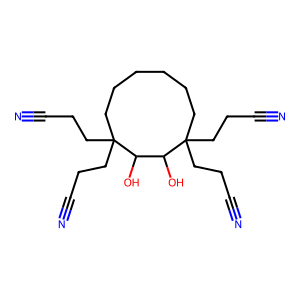
SMILES: N#CCCC1(CCC#N)CCCCCCC(CCC#N)(CCC#N)C(O)C1O
Inhibits HIV replication: No